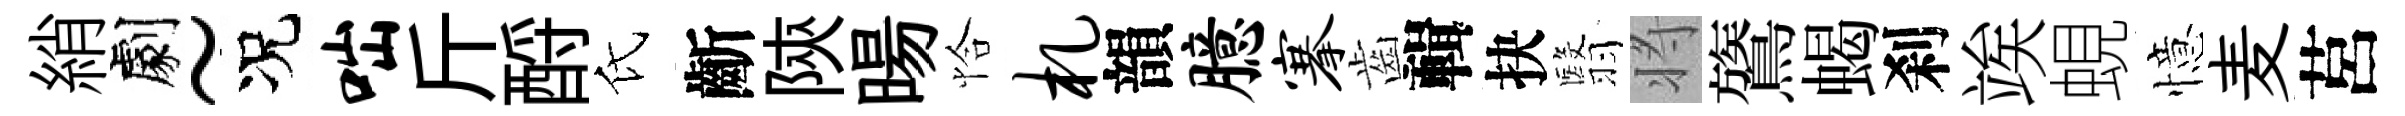
綃劇~况咄斤酹氏齗陝暘恰札韻臆搴齒輯抉翳将鷟蝎刹竢蜆憶麦莒